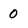
Character: 0